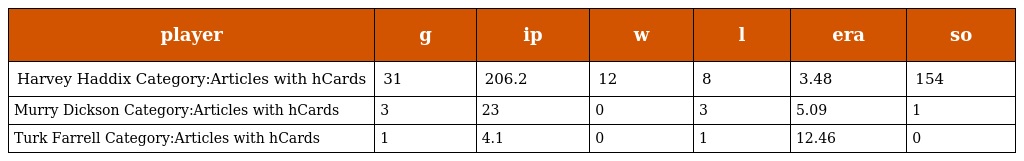
| player | g | ip | w | l | era | so |
 | --- | --- | --- | --- | --- | --- | --- |
 | Harvey Haddix Category:Articles with hCards | 31 | 206.2 | 12 | 8 | 3.48 | 154 |
 | Murry Dickson Category:Articles with hCards | 3 | 23 | 0 | 3 | 5.09 | 1 |
 | Turk Farrell Category:Articles with hCards | 1 | 4.1 | 0 | 1 | 12.46 | 0 |